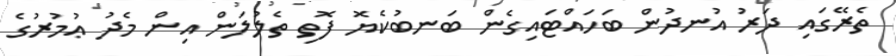
ތެރޭގައި ދަރު އުނދުން ބަހައްޓައިގެން ބަނބުކެޔޮ ފޮތި ތެލުލަން އިން މެދު ޢުމުރުގެ